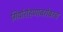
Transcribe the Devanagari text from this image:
गिर्यारोहणाबरोबरच